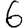
Digit: 6